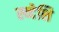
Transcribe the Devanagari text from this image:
स्व्देशि